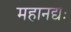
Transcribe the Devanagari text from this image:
महानद्यः